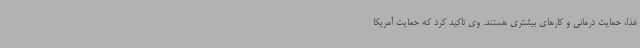
غذا، حمایت درمانی و کارهای بیشتری هستند. وی تاکید کرد که حمایت آمریکا